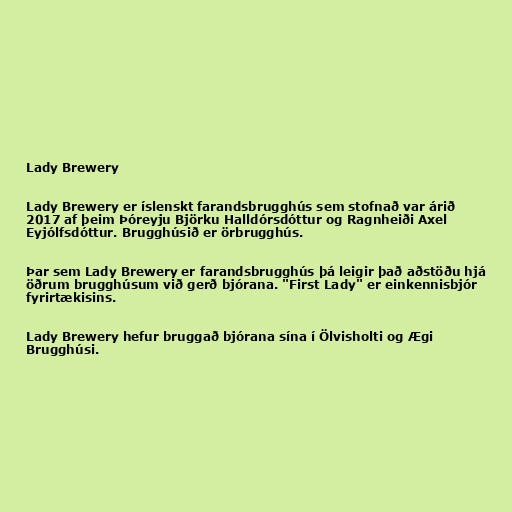
Lady Brewery

Lady Brewery er íslenskt farandsbrugghús sem stofnað var árið
2017 af þeim Þóreyju Björku Halldórsdóttur og Ragnheiði Axel
Eyjólfsdóttur. Brugghúsið er örbrugghús.

Þar sem Lady Brewery er farandsbrugghús þá leigir það aðstöðu hjá
öðrum brugghúsum við gerð bjórana. "First Lady" er einkennisbjór
fyrirtækisins.

Lady Brewery hefur bruggað bjórana sína í Ölvisholti og Ægi
Brugghúsi.